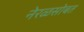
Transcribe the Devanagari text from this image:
नेरळसोबत